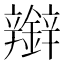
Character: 𰽑